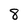
Character: 8